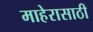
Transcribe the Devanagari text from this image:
माहेरासाठी